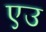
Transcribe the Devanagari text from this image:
एउ